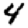
Digit: 4